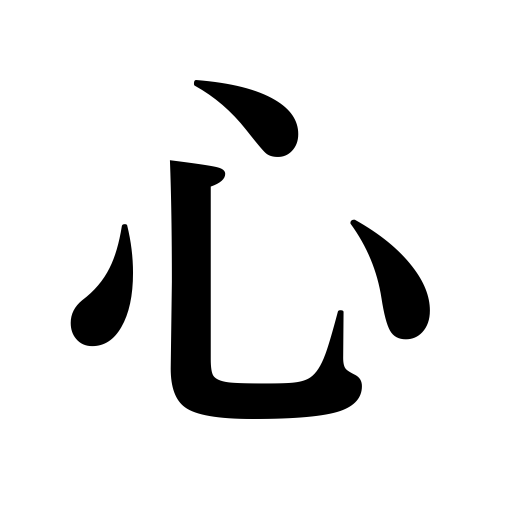
Meanings: taste,vitality,mood,interest,mentality,padding,thought,idea,marrow,will,true meaning of a poem,sense of duty,intention,wick,care,motive,sympathy,core,mind,spirit,feeling,attention,sincerity,wholeheartedness,heart